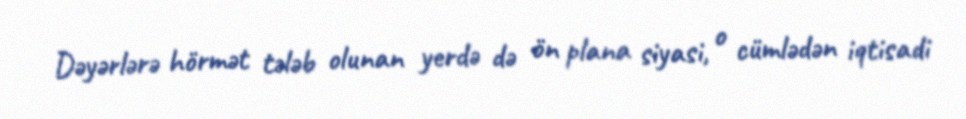
Dəyərlərə hörmət tələb olunan yerdə də ön plana siyasi, o cümlədən iqtisadi